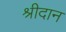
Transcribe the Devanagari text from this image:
श्रीदान